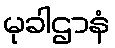
မုခါဌာနံ